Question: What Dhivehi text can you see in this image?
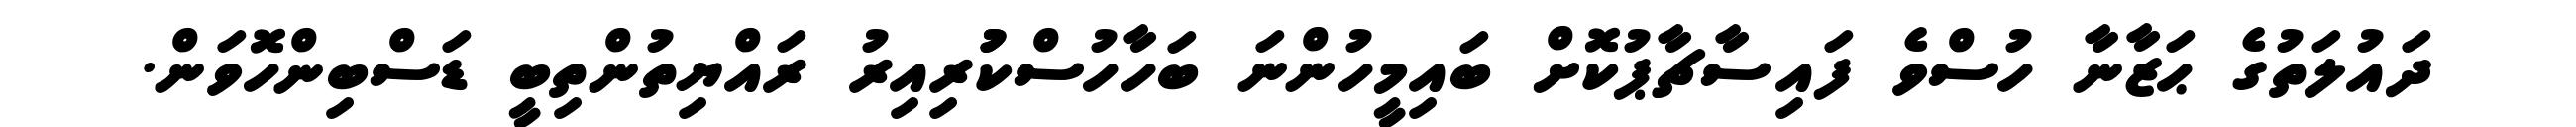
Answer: ދައުލަތުގެ ޙަޒާނާ ހުސްވެ ފައިސާޗާޕުކޮށް ބައިމީހުންނަ ބަހާހުސްކުުރިއިރު ރައްޔިތުންތިބީ ޑަސްބިންހޮވަން.